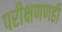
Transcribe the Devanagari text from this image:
परीक्षणणही